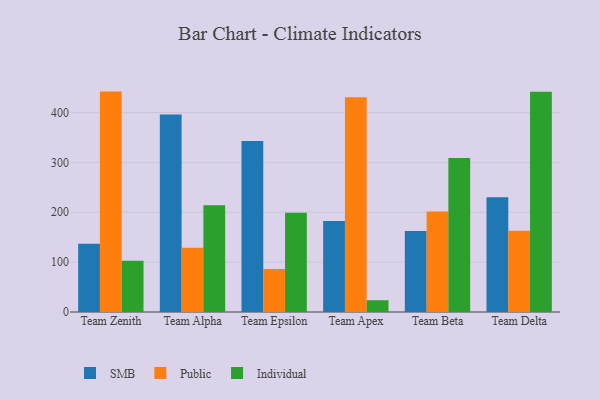
{"axis": {"x": "Team", "y": "Latency (ms)"}, "legend": ["Individual", "Public", "SMB"], "data": [{"x": "Team Zenith", "y": 137.1, "type": "SMB"}, {"x": "Team Zenith", "y": 442.1, "type": "Public"}, {"x": "Team Zenith", "y": 102.6, "type": "Individual"}, {"x": "Team Alpha", "y": 396.4, "type": "SMB"}, {"x": "Team Alpha", "y": 128.8, "type": "Public"}, {"x": "Team Alpha", "y": 214.3, "type": "Individual"}, {"x": "Team Epsilon", "y": 342.8, "type": "SMB"}, {"x": "Team Epsilon", "y": 86.1, "type": "Public"}, {"x": "Team Epsilon", "y": 198.9, "type": "Individual"}, {"x": "Team Apex", "y": 182.3, "type": "SMB"}, {"x": "Team Apex", "y": 430.7, "type": "Public"}, {"x": "Team Apex", "y": 23.6, "type": "Individual"}, {"x": "Team Beta", "y": 162.4, "type": "SMB"}, {"x": "Team Beta", "y": 201.6, "type": "Public"}, {"x": "Team Beta", "y": 308.7, "type": "Individual"}, {"x": "Team Delta", "y": 230.4, "type": "SMB"}, {"x": "Team Delta", "y": 162.9, "type": "Public"}, {"x": "Team Delta", "y": 442.0, "type": "Individual"}]}